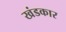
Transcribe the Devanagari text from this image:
खंडकार